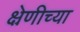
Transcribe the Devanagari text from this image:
क्ष्रेणीच्या